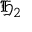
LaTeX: { \mathfrak { H } } _ { 2 }